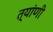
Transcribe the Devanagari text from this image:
त्यांणी